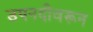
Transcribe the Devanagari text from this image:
उपनदीवरून